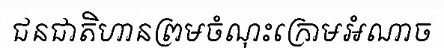
ជនជាតិហានព្រមចំណុះក្រោមអំណាច